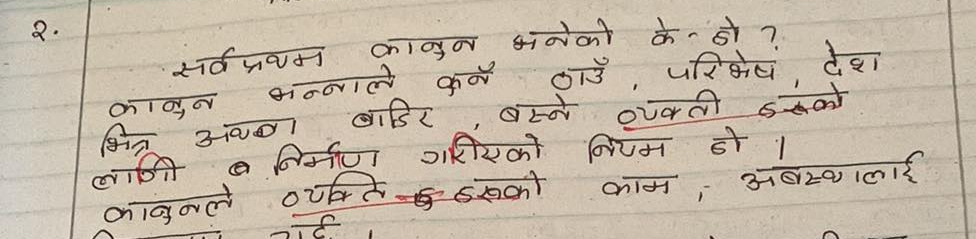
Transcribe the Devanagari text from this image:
२. सर्वप्रथम कानुन भनेको के हो ?
कानुन भन्नाले कुनै ठाउँ, परिवेश, देश भित्र अथवा बाहिर बस्ने व्यक्ति र त्यसको लागी ब निर्माण गरिएको नियम हो ।
कानुनले व्यक्ति र त्यसको काम, अवस्थालाई